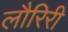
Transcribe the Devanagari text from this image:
लौरिरी